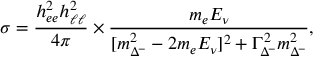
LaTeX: \sigma = \frac { h _ { e e } ^ { 2 } h _ { \ell \ell } ^ { 2 } } { 4 \pi } \times \frac { m _ { e } E _ { \nu } } { [ m _ { \Delta ^ { - } } ^ { 2 } - 2 m _ { e } E _ { \nu } ] ^ { 2 } + \Gamma _ { \Delta ^ { - } } ^ { 2 } m _ { \Delta ^ { - } } ^ { 2 } } ,